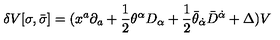
\delta V [ \sigma , \bar { \sigma } ] = ( x ^ { a } \partial _ { a } + \frac { 1 } { 2 } \theta ^ { \alpha } D _ { \alpha } + \frac { 1 } { 2 } \bar { \theta } _ { \dot { \alpha } } \bar { D } ^ { \dot { \alpha } } + \Delta ) V